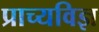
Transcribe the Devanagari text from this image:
प्राच्यविज्ञ